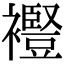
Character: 𧞫